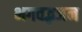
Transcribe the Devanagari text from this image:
भगवद्भजन